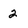
Character: 2